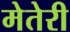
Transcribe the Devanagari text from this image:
मेतेरी